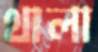
থালা